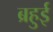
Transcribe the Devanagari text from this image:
ब्रहुई